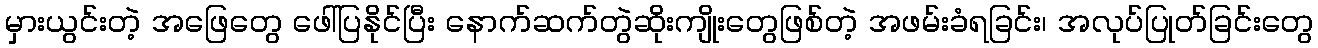
မှားယွင်းတဲ့ အဖြေတွေ ဖေါ်ပြနိုင်ပြီး နောက်ဆက်တွဲဆိုးကျိုးတွေဖြစ်တဲ့ အဖမ်းခံရခြင်း၊ အလုပ်ပြုတ်ခြင်းတွေ